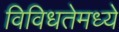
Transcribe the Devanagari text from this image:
विविधतेमध्ये